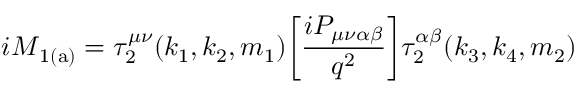
{ i \cal M } _ { \mathrm { 1 ( a ) } } = \tau _ { 2 } ^ { \mu \nu } ( k _ { 1 } , k _ { 2 } , m _ { 1 } ) \bigg [ \frac { i { \cal P } _ { \mu \nu \alpha \beta } } { q ^ { 2 } } \bigg ] \tau _ { 2 } ^ { \alpha \beta } ( k _ { 3 } , k _ { 4 } , m _ { 2 } )